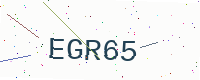
Text: EGR65